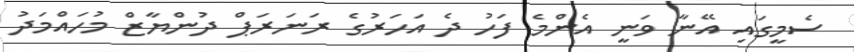
ސެމީގައި އޭނާ ވަނީ އެންމެ ފަހު ދެ އަހަރުގެ ރަނަރަޕް ދުންޔާޒް މުހައްމަދު